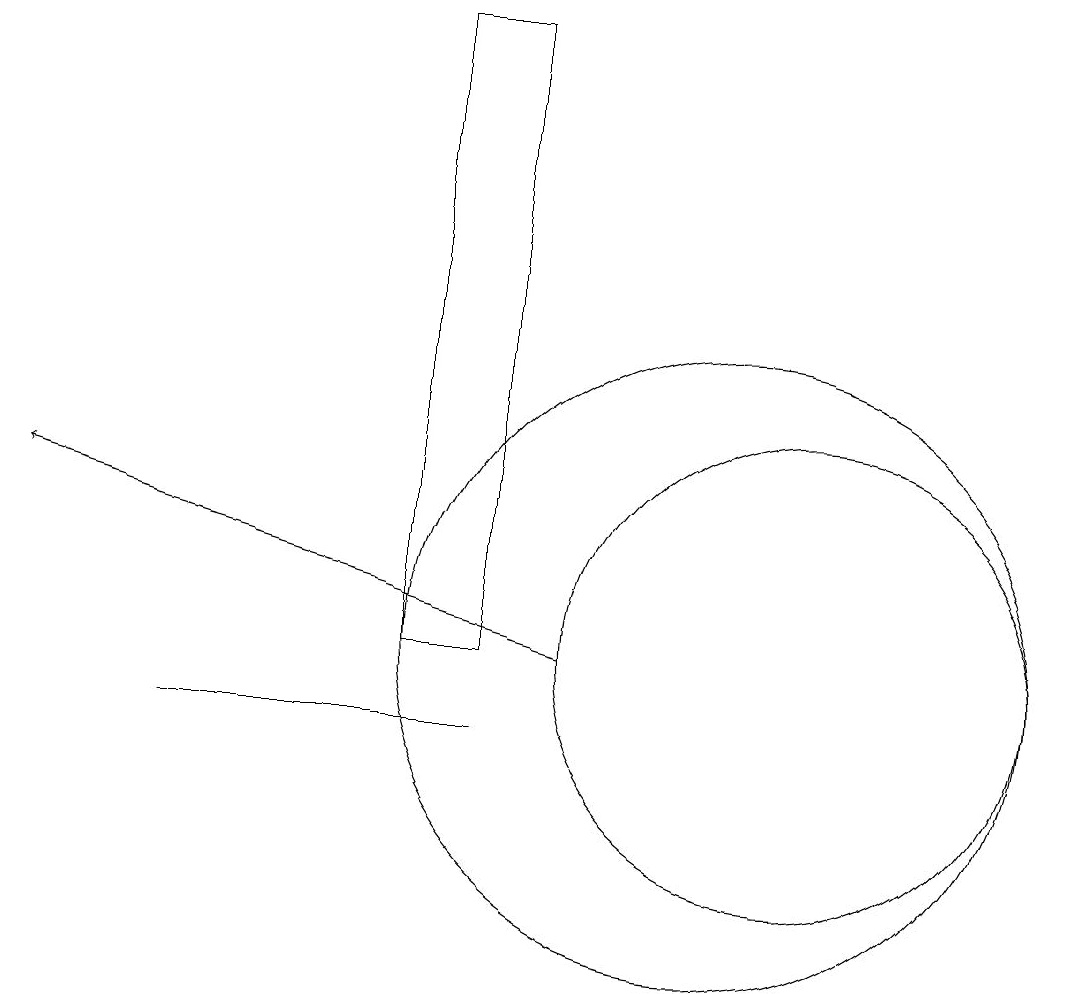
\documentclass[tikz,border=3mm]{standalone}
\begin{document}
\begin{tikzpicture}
\draw (8,10) rectangle (4,10);
\draw (11,11) circle (4);
\draw (8,19) rectangle (7,11);
\draw[->] (9,11) -- (2,13);
\draw (12,11) circle (3);
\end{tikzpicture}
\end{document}